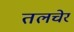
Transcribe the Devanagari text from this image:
तलचेर